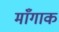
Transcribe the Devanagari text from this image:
माँगाक